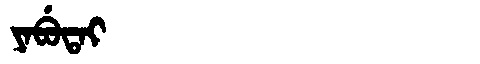
Manchu: ᠶᠠᠪᡠᡨᠠᡳ
Romanization: YABUTAI